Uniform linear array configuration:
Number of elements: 12
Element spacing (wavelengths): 1
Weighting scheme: uniform
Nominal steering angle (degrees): -45
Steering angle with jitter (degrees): -43.228
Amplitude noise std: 0.05
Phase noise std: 0.05

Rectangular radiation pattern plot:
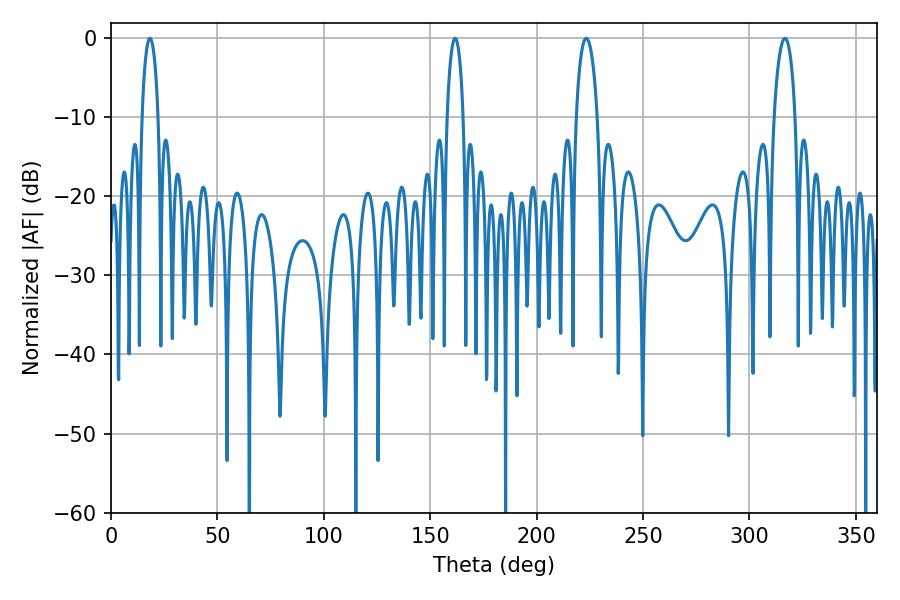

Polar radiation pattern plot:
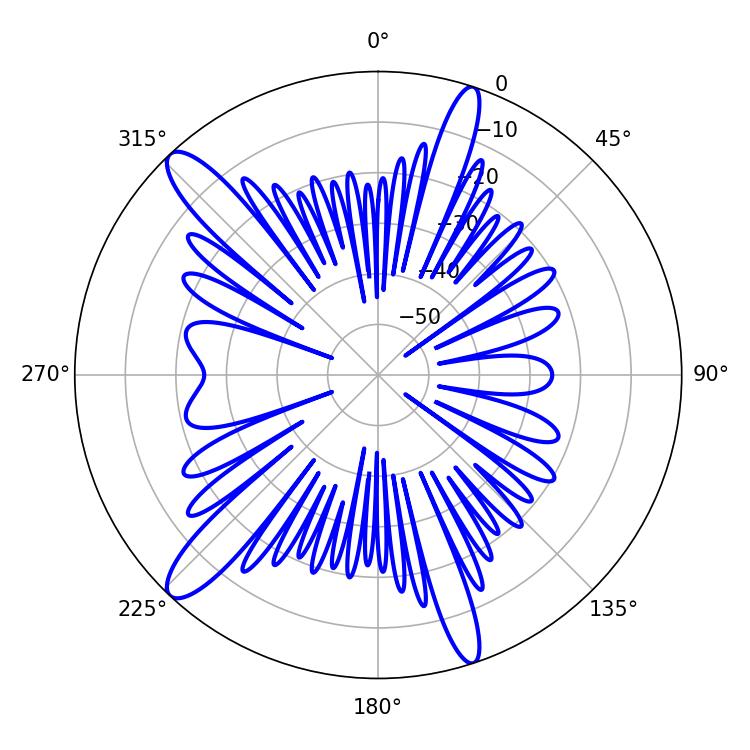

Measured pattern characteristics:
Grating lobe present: TRUE
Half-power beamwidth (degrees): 5.76
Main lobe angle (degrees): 223.38